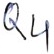
Text: Q4